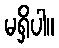
မရှိပါ။